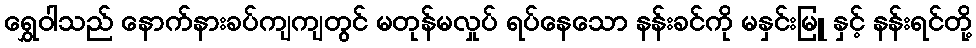
ရွှေဝါသည် နောက်နားခပ်ကျကျတွင် မတုန်မလှုပ် ရပ်နေသော နန်းခင်ကို မနှင်းမြူ နှင့် နန်းရင်တို့